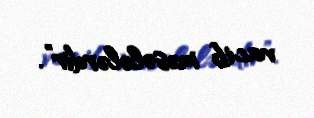
vacib məsələlərdir”.